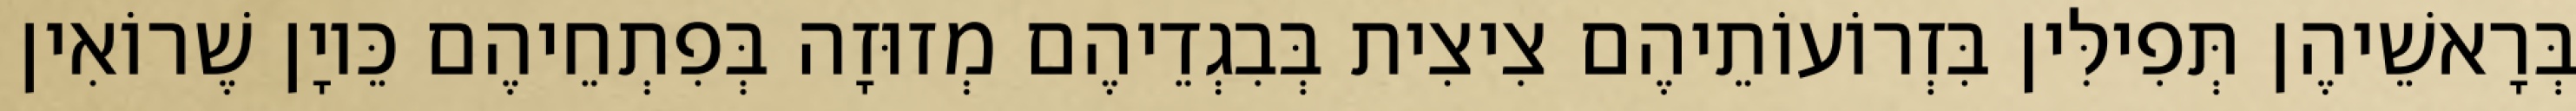
בְּרָאשֵׁיהֶן תְּפִילִּין בִּזְרוֹעוֹתֵיהֶם צִיצִית בְּבִגְדֵיהֶם מְזוּזָה בְּפִתְחֵיהֶם כֵּיוָן שֶׁרוֹאִין